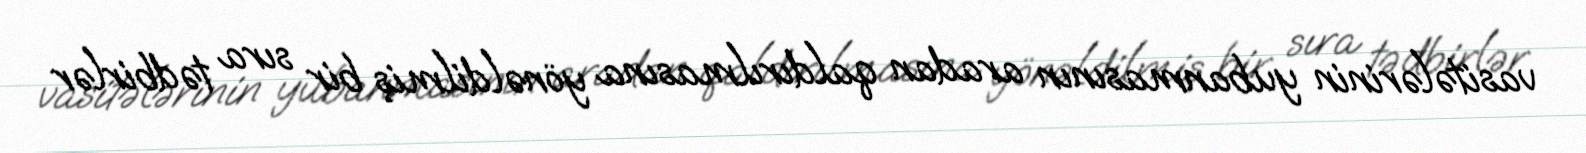
vasitələrinin yubanmasının aradan qaldırılmasına yönəldilmiş bir sıra tədbirlər